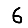
Digit: 6